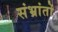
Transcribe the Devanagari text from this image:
संभ्रांतों